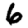
Digit: 6